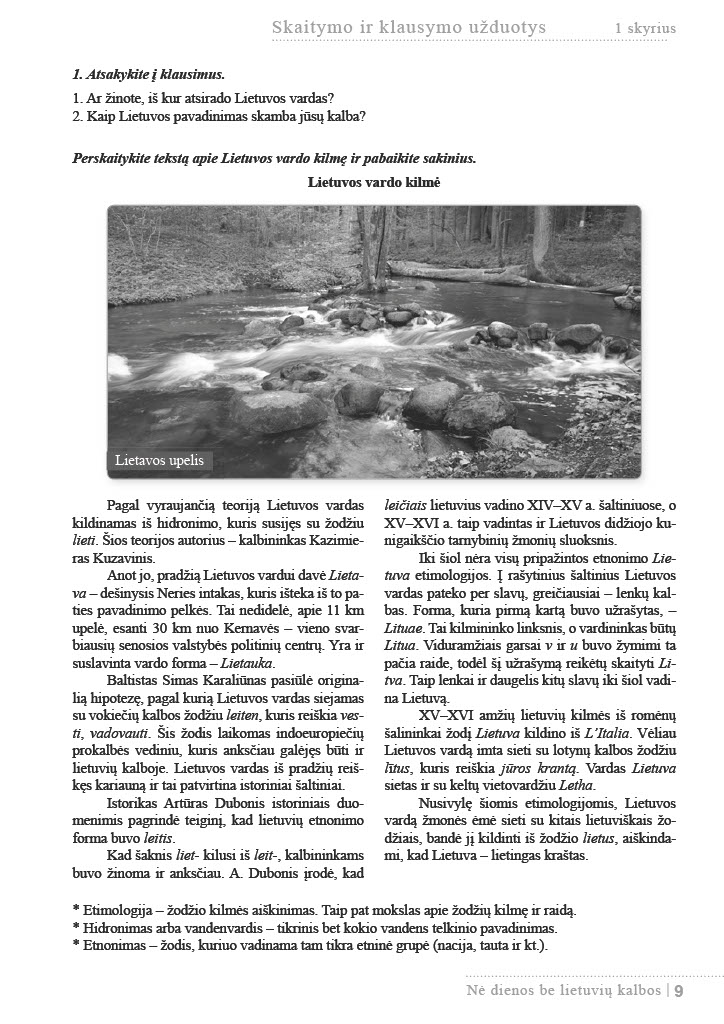
Language: lt